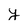
Character: Y